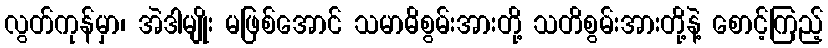
လွတ်ကုန်မှာ၊ အဲဒါမျိုး မဖြစ်အောင် သမာဓိစွမ်းအားတို့ သတိစွမ်းအားတို့နဲ့ စောင့်ကြည့်